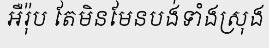
អឺរ៉ុប តែមិនមែនបង់ទាំងស្រុង